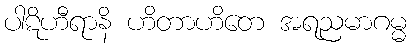
ပါဋိဟီရာနိ ဟိတာဟိတေ အရညမာဂမ္မ